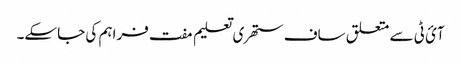
آئ ٹی سے متعلق ساف ستھری تعلیم مفت فراہم کی جاسکے۔